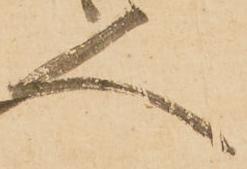
人